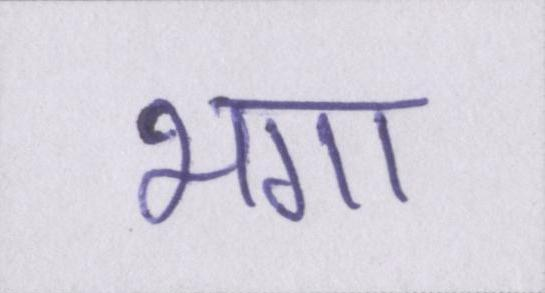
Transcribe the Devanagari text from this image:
भगा